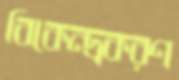
বিকেন্দ্রকরণ